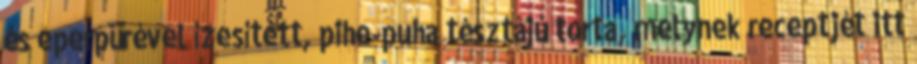
és eperpürével ízesített, pihe-puha tésztájú torta, melynek receptjét itt